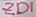
Text: ZD1